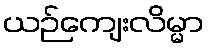
ယဉ်ကျေးလိမ္မာ